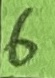
Text: 6